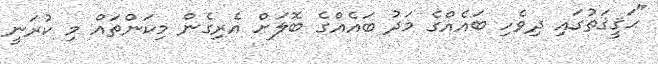
"ޙަޤީޤަތުގައި ދިވެހި ބައެއްގެ މަދު ބައެއްގެ ބޮލަށް އެރިގެން މިކަންތައް މި ކުރަނީ